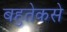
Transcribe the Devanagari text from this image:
बहुतेकसे